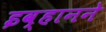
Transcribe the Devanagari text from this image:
इव्हानने